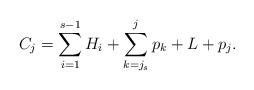
LaTeX: \begin{align*}C_j = \sum_{i=1}^{s-1} H_i + \sum_{k=j_s}^j p_k + L + p_j.\end{align*}